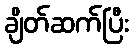
ချိတ်ဆက်ပြီး